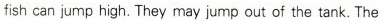
fish can jump high.They may jump out of the tank.The